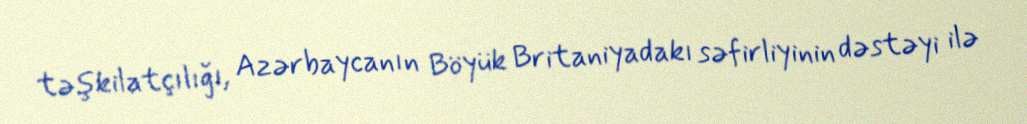
təşkilatçılığı, Azərbaycanın Böyük Britaniyadakı səfirliyinin dəstəyi ilə